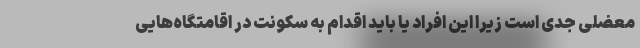
معضلی جدی است زیرا این افراد یا باید اقدام به سکونت در اقامتگاه‌هایی